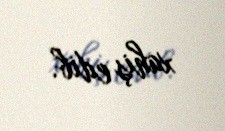
xahiş edib.